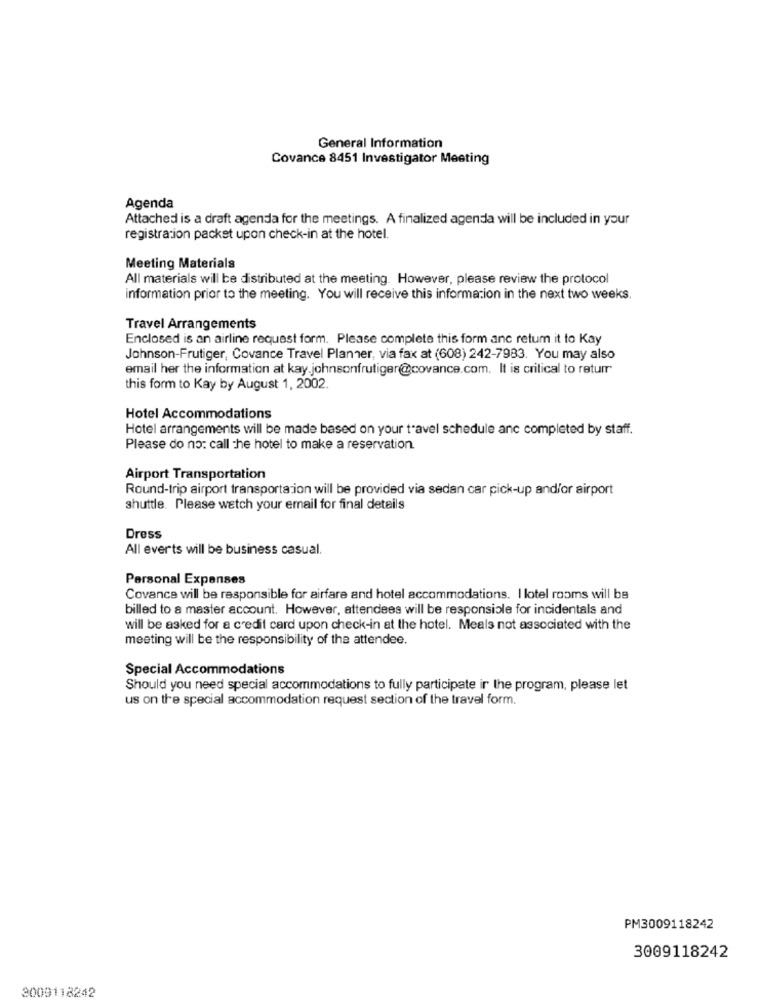
General Information
Covance 8451 Investigator Meeting
Agenda
Attached is a draft agenda for the meetings. A finalized agenda will be included in your
registration packet upon check-in at the hotel.
Meeting Materials
All materials will be distributed at the meeting. However, please review the protocol
information prior to the meeting. You will receive this information in the next two weeks.
Travel Arrangements
Enclosed is an airline request form. Please complete this form anc retum it to Kay
Johnson-Frutiger, Covance Travel Planner, via fax at (608) 242-7983. You may also
email her the information at kay.johnsonfrutiger@covance.com. It is critical to returr
this form to Kay by August 1, 2002.
Hotel Accommodations
Hotel arrangements will be made based on your travel schedule anc completed by staff.
Please do no: call the hotel to make a reservation.
Airport Transportation
Round-trip airport transportation will be provided via sedan car pick-up and/or airport
shuttle. Please watch your email for final details
Dress
All everts will be business casual.
Personal Expenses
Covance will be responsible for airfare and hotel accommodations. I lotel rooms will be
billed to a master account. However, attendees will be responsible for incidentals and
will be asked for a credit card upon check-in at the hotel. Meals not associated with the
meeting will be the responsibility of the attendee.
Special Accommodations
Should you need special accommodations to fully participate ir the program, please let
us on the special accommodation request section of the travel form.
PM3009118242
3009118242
3009118242